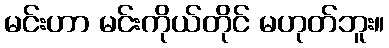
မင်းဟာ မင်းကိုယ်တိုင် မဟုတ်ဘူး။